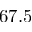
6 7 . 5